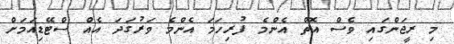
މި ރީޖަންގައި ވެސް އޮތް އެންމެ ފުރިހަމަ އެންމެ ވަރުގަދަ އެއް ސްޓޭޑިއަމަށް